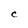
Character: C